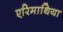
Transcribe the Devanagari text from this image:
एरिमाथिया